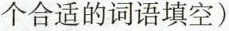
个合适的词语填空)